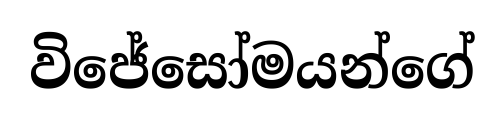
විජේසෝමයන්ගේ